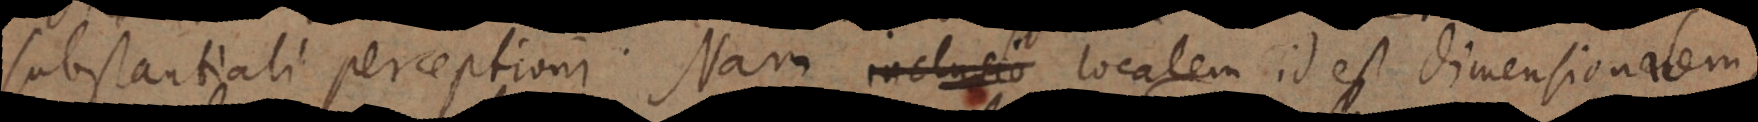
substantiali perceptioni. Nam inclusio localem id est dimensionalem,